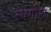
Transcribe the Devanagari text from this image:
उधगोश